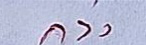
ล่าง